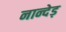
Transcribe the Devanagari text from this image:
नान्देड़